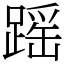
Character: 䠛